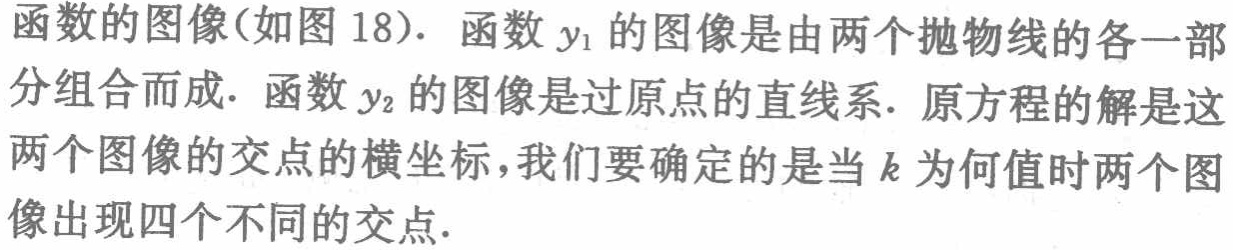
函数的图像(如图 18). 函数\(y_{1}\)的图像是由两个抛物线的各一部分组合而成. 函数\(y_{2}\)的图像是过原点的直线系. 原方程的解是这两个图像的交点的横坐标,我们要确定的是当\(k\)为何值时两个图像出现四个不同的交点.